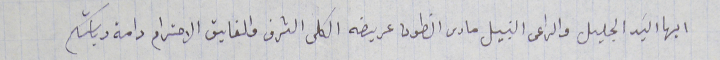
ايها السَيد الجليل والراعى النبيل مارى انطون عريضه الكلى الشرف والفايق الاحترام دامة رياستكم